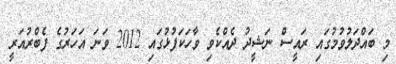
މި ބައްދަލުވުމުގައި ރައީސް ނަޝީދު ދެއްކެވި ވާހަކަފުޅުގައި 2012 ވަނަ އަހަރުގެ ފެބްރުއަރީ